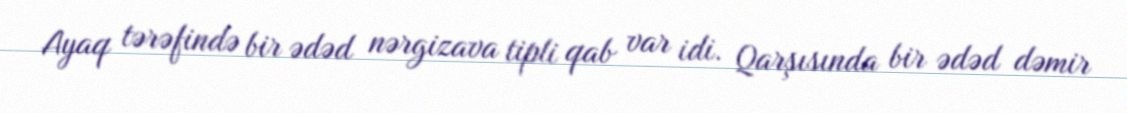
Ayaq tərəfində bir ədəd nərgizava tipli qab var idi. Qarşısında bir ədəd dəmir